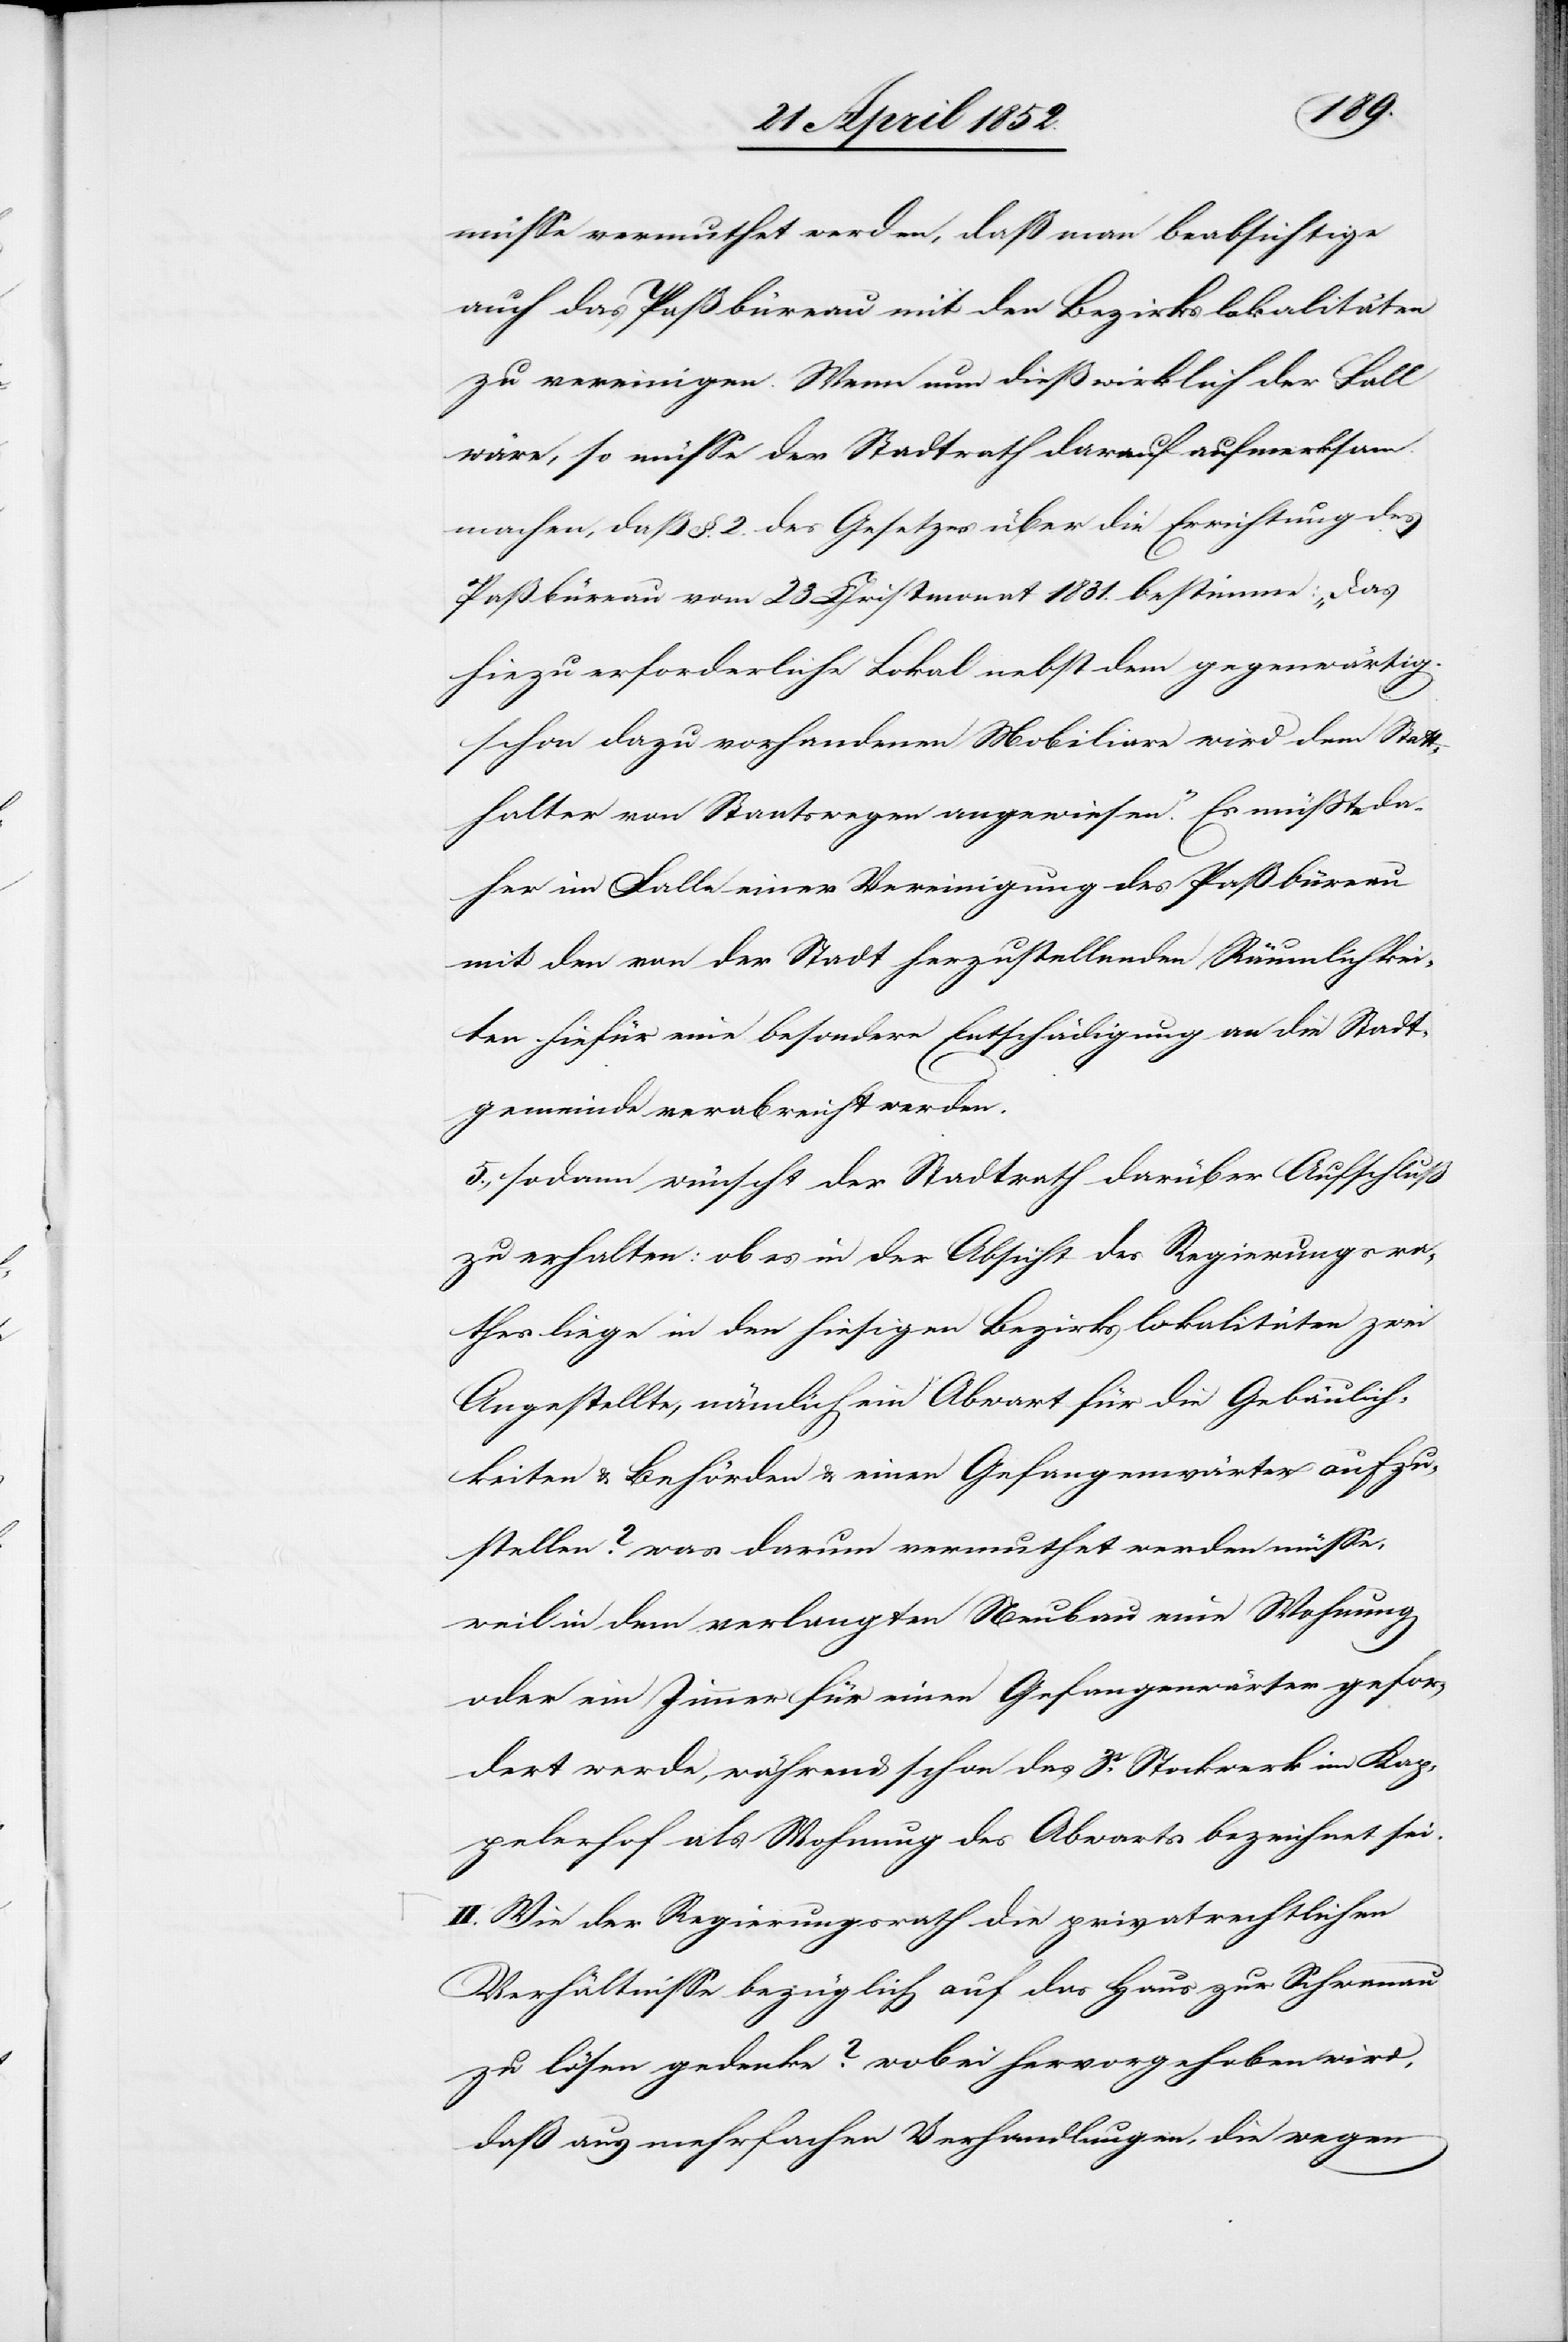
müsse vermuthet werden, daß man beabsichtige
auch das Paßbüreau mit den Bezirkslokalitäten
zu vereinigen. Wenn nun dieß wirklich der Fall
wäre, so müsse der Stadtrath darauf aufmerksam
machen, daß §. 2. des Gesetzes über die Errichtung des
Paßbüreau vom 23 Christmonat 1831. bestimme: „Das
hiezu erforderliche Lokal nebst dem gegenwärtig
schon dazu vorhandenen Mobiliare wird dem Stat¬
thalter von Staatswegen angewiesen.“ Es müsste da¬
her im Falle einer Vereinigung des Paßbüreau
mit den von der Stadt herzustellenden Räumlichkei¬
ten hiefür eine besondere Entschädigung an die Stadt¬
gemeinde verabreicht werden.
5., sodann wünscht der Stadtrath darüber Aufschluß
zu erhalten: ob es in der Absicht des Regierungsra¬
thes liege in den hiesigen Bezirkslokalitäten zwei
Angestellte, nämlich ein Abwart für die Gebäulich¬
keiten & Behörden & einen Gefangenwärter aufzu¬
stellen? was darum vermuthet werden müsse,
weil in dem verlangten Neubau eine Wohnung
oder ein Zimmer für einen Gefangenwärter gefor¬
dert werde, während schon das 3t. Stockwerk im Kap¬
pelerhof als Wohnung des Abwarts bezeichnet sei.
II. Wie der Regierungsrath die privatrechtlichen
Verhältnisse bezüglich auf das Haus zur Schwanau
zu lösen gedenke? wobei hervorgehoben wird,
daß aus mehrfachen Verhandlungen, die wegen